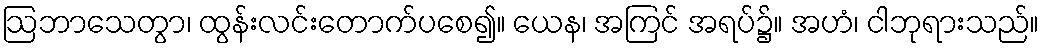
ဩဘာသေတွာ၊ ထွန်းလင်းတောက်ပစေ၍။ ယေန၊ အကြင် အရပ်၌။ အဟံ၊ ငါဘုရားသည်။